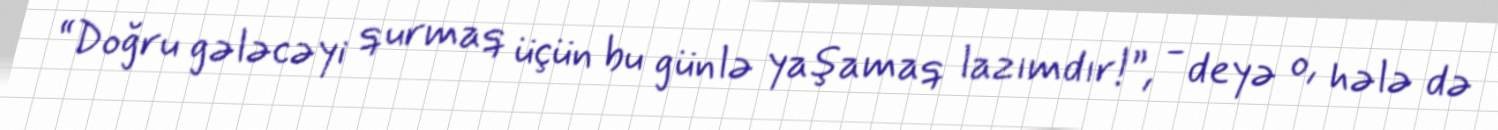
“Doğru gələcəyi qurmaq üçün bu günlə yaşamaq lazımdır!”, - deyə o, hələ də